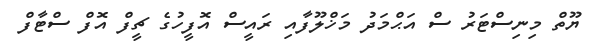
ޔޫތް މިނިސްޓަރު ސް އަޙްމަދު މަޚްލޫފާއި ރައީސް އޮފީހުގެ ޗީފް އޮފް ސްޓާފް